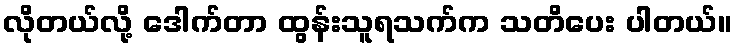
လိုတယ်လို့ ဒေါက်တာ ထွန်းသူရသက်က သတိပေး ပါတယ်။